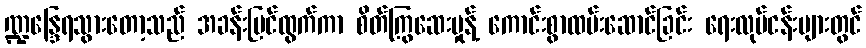
ဏ္ဍန္ဒြေရသွားတော့သည် အခန်းပြင်ထွက်ကာ စိတ်ကြွဆေးမှုန့် ကောင်းစွာထမ်းဆောင်ခြင်း ရေးလုပ်ငန်းများတွင်